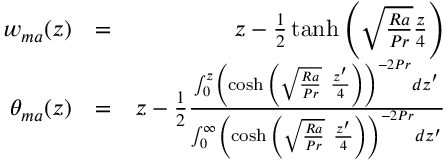
\begin{array} { r l r } { w _ { m a } ( z ) } & { = } & { z - \frac { 1 } { 2 } \operatorname { t a n h } \left( \sqrt { \frac { R a } { P r } } \frac { z } { 4 } \right) } \\ { \theta _ { m a } ( z ) } & { = } & { z - \frac { 1 } { 2 } \frac { \int _ { 0 } ^ { z } \left( \cosh { \left( \sqrt { \frac { R a } { P r } } \ \frac { z ^ { \prime } } { 4 } \right) } \right) ^ { - 2 P r } d z ^ { \prime } } { \int _ { 0 } ^ { \infty } \left( \cosh { \left( \sqrt { \frac { R a } { P r } } \ \frac { z ^ { \prime } } { 4 } \right) } \right) ^ { - 2 P r } d z ^ { \prime } } } \end{array}